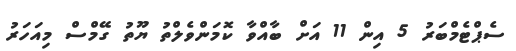
ސެޕްޓެމްބަރު 5 އިން 11 އަށް ބާއްވާ ކޮމަންވެލްތު ޔޫތު ގޭމްސް މިއަހަރު